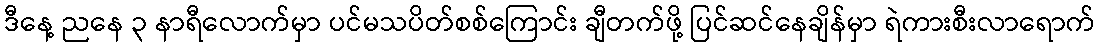
ဒီနေ့ ညနေ ၃ နာရီလောက်မှာ ပင်မသပိတ်စစ်ကြောင်း ချီတက်ဖို့ ပြင်ဆင်နေချိန်မှာ ရဲကားစီးလာရောက်